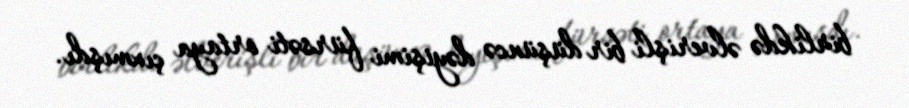
birlikdə əlverişli bir düşüncə dəyişimi fürsəti ortaya çıxmışdı.